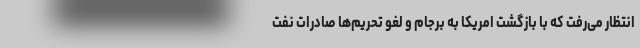
انتظار می‌رفت که با بازگشت امریکا به برجام و لغو تحریم‌ها صادرات نفت